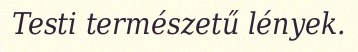
Testi természetű lények.